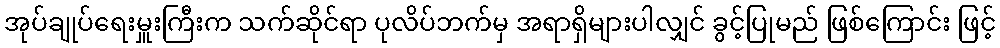
အုပ်ချုပ်ရေးမှူးကြီးက သက်ဆိုင်ရာ ပုလိပ်ဘက်မှ အရာရှိများပါလျှင် ခွင့်ပြုမည် ဖြစ်ကြောင်း ဖြင့်